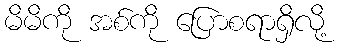
မိမိကို အစ်ကို ပြောစရာရှိလို့